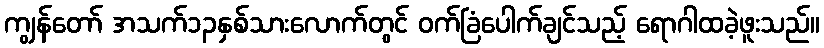
ကျွန်တော် အသက်၁၃နှစ်သားလောက်တွင် ဝက်ခြံပေါက်ချင်သည့် ရောဂါထခဲ့ဖူးသည်။